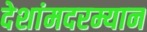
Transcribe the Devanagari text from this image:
देशांमदरम्यान